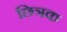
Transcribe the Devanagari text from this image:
छित्रक